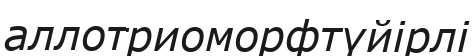
аллотриоморфтүйірлі